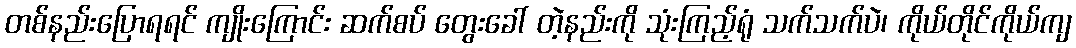
တစ်နည်းပြောရရင် ကျိုးကြောင်း ဆက်စပ် တွေးခေါ် တဲ့နည်းကို သုံးကြည့်ရုံ သက်သက်ပဲ၊ ကိုယ်တိုင်ကိုယ်ကျ